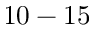
1 0 - 1 5